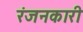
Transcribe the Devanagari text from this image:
रंजनकारी